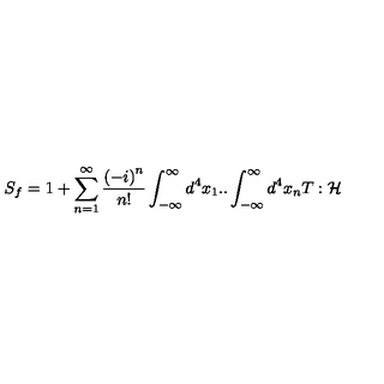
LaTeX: S _ { f } = 1 + \sum _ { n = 1 } ^ { \infty } \frac { \left( - i \right) ^ { n } } { n ! } \int _ { - \infty } ^ { \infty } d ^ { 4 } x _ { 1 } . . \int _ { - \infty } ^ { \infty } d ^ { 4 } x _ { n } T : \mathcal { H }